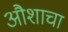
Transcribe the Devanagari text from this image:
औशाचा